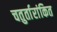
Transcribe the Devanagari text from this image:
चतुर्तारांकित